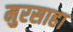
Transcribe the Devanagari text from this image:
मुरसाहा